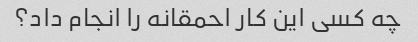
چه کسی این کار احمقانه را انجام داد؟